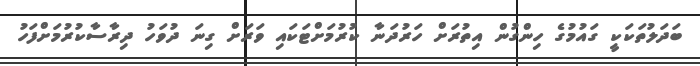
ބަދަލުތަކަކީ ގައުމުގެ ހިންގުން އިތުރަށް ހަރުދަނާ ކުރުމަށްޓަކައި ވަރަށް ގިނަ ދުވަހު ދިރާސާކުރުމަށްފަހު